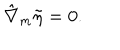
\hat { \nabla } _ { m } \tilde { \eta } = 0 .